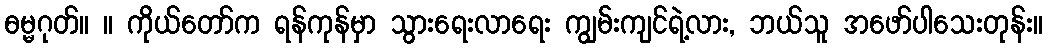
ဓမ္မဂုတ်။ ။ ကိုယ်တော်က ရန်ကုန်မှာ သွားရေးလာရေး ကျွမ်းကျင်ရဲ့လား, ဘယ်သူ အဖော်ပါသေးတုန်း။